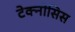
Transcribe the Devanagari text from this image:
टेक्नोसिस